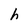
Character: h